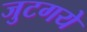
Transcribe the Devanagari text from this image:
जुटगये